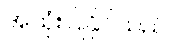
အသုံးပြုနိုင်သည်